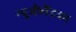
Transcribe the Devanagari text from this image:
न्यूजीलैंडका